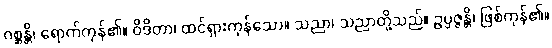
ဂစ္ဆန္တိ၊ ရောက်ကုန်၏။ ဝိဒိတာ၊ ထင်ရှားကုန်သော။ သညာ၊ သညာတို့သည်။ ဥပ္ပဇ္ဇန္တိ၊ ဖြစ်ကုန်၏။